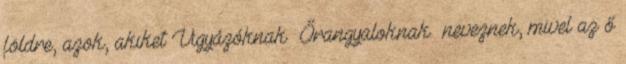
földre, azok, akiket Vigyázóknak Őrangyaloknak neveznek, mivel az ő